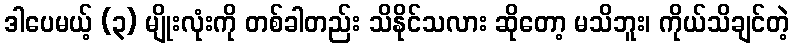
ဒါပေမယ့် (၃) မျိုးလုံးကို တစ်ခါတည်း သိနိုင်သလား ဆိုတော့ မသိဘူး၊ ကိုယ်သိချင်တဲ့